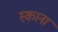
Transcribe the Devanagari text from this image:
स्काना